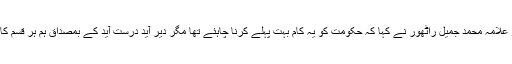
اس موقع پر ڈاکٹر علامہ محمد جمیل راٹھور نے کہا کہ حکومت کو یہ کام بہت پہلے کرنا چاہئے تھا مگر دیر آید درست آید کے بمصداق ہم ہر قسم کا تعاون کریں گے۔